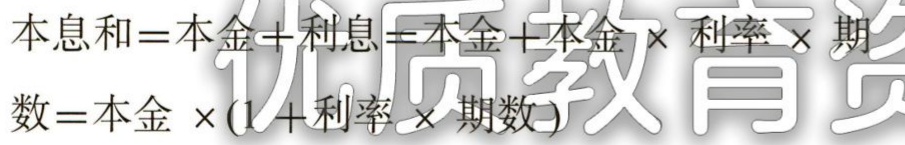
本息和=本金+利息=本金+本金×利率×期数=本金×(1+利率×期数)